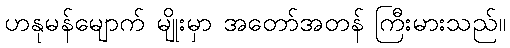
ဟနုမန်မျောက် မျိုးမှာ အတော်အတန် ကြီးမားသည်။